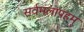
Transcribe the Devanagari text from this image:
सर्वमलापहम्